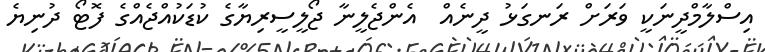
އިސްލާމްދީނަކީ ވަރަށް ރަނގަޅު ދީނެއް  އެންޖެލީނާ ޖޯލީސީރިޔާގެ ކުޑަކުއްޖެއްގެ ފޮޓޯ ދުނިޔެ